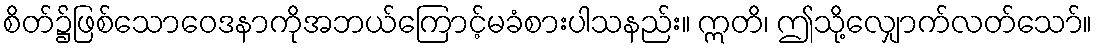
စိတ်၌ဖြစ်သောဝေဒနာကိုအဘယ်ကြောင့်မခံစားပါသနည်း။ ဣတိ၊ ဤသို့လျှောက်လတ်သော်။